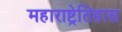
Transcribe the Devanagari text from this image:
महाराष्ट्रेतिहास